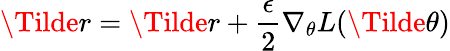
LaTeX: \Tilde{r}=\Tilde{r}+\frac{\epsilon}{2}\nabla_{\theta}L(\Tilde{\theta})